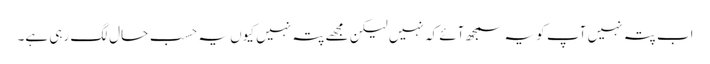
اب پتہ نہیں آپ کو یہ سمجھ آئے کہ نہیں لیکن مجھے پتہ نہیں کیوں یہ حسبِ حال لگ رہی ہے۔